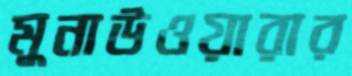
মুনাউওয়ারার